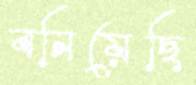
বনিয়েছি